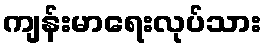
ကျန်းမာရေးလုပ်သား